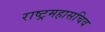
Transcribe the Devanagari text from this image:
राष्ट्रमहासचिव